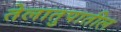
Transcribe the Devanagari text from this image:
तेलातुपातील